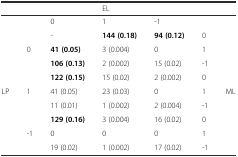
|  |  |  | EL |  |  |  |
 | --- | --- | --- | --- | --- | --- | --- |
 |  |  | 0 | 1 | -1 |  |  |
 |  |  | - | 144 (0.18) | 94 (0.12) | 0 |  |
 |  | 0 | 41 (0.05) | 3 (0.004) | 0 | 1 |  |
 |  |  | 106 (0.13) | 2 (0.002) | 15 (0.02) | -1 |  |
 |  |  | 122 (0.15) | 15 (0.02) | 2 (0.002) | 0 |  |
 | LP | 1 | 41 (0.05) | 23 (0.03) | 0 | 1 | ML |
 |  |  | 11 (0.01) | 1 (0.002) | 2 (0.004) | -1 |  |
 |  |  | 129 (0.16) | 3 (0.004) | 16 (0.02) | 0 |  |
 |  | -1 | 0 | 0 | 0 | 1 |  |
 |  |  | 19 (0.02) | 1 (0.002) | 17 (0.02) | -1 |  |